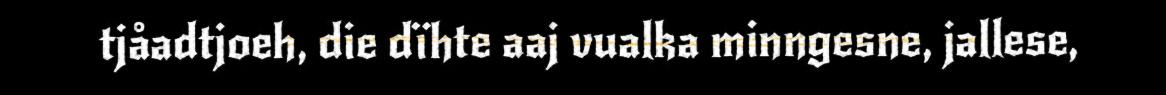
tjåadtjoeh, die dïhte aaj vualka minngesne, jallese,